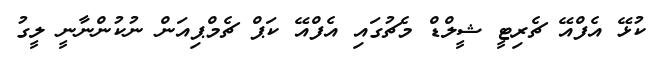
ކުޅޭ އެފްއޭ ޗެރިޓީ ޝީލްޑް މެޗުގައި އެފްއޭ ކަޕް ޗެމްޕިއަން ނުކުންނާނީ ލީގު